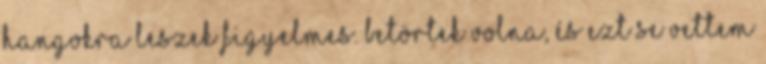
hangokra leszek figyelmes. Betörtek volna, és ezt se vettem